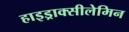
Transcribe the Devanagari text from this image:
हाइड्राक्सीलेमिन